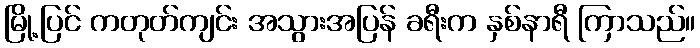
မြို့ပြင် ကတုတ်ကျင်း အသွားအပြန် ခရီးက နှစ်နာရီ ကြာသည်။